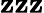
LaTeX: \mathbf{z}\mathbf{z}\mathbf{z}